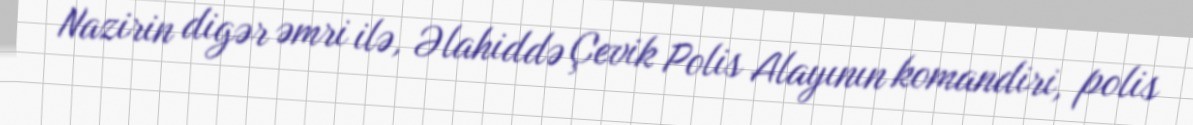
Nazirin digər əmri ilə, Əlahiddə Çevik Polis Alayının komandiri, polis